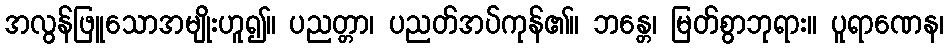
အလွန်ဖြူသောအမျိုးဟူ၍။ ပညတ္တာ၊ ပညတ်အပ်ကုန်၏။ ဘန္တေ၊ မြတ်စွာဘုရား။ ပူရာဏေန၊